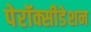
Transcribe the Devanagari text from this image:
पेरॉक्सीडेशन